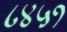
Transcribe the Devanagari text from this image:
८४५१